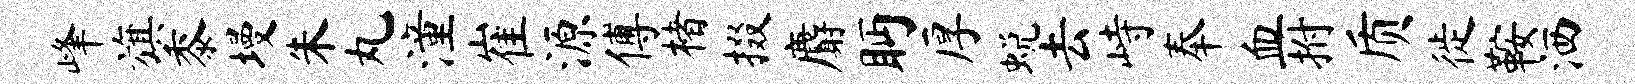
峰旗黍墁朱丸潼崔源傅楮掇麝眄厚蜕去峙奉血拊质徙鞍洒